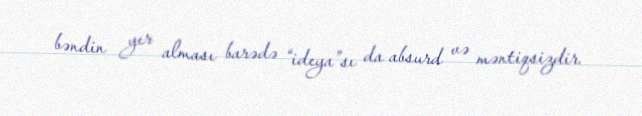
bəndin yer alması barədə “ideya”sı da absurd və məntiqsizdir.